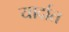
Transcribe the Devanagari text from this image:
यार्दात